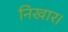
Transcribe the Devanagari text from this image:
निखार।